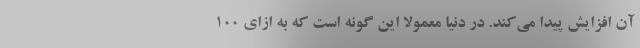
آن افزایش پیدا می‌کند. در دنیا معمولا این گونه است که به ازای ۱۰۰